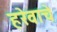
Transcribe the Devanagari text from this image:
हरेवाचे